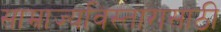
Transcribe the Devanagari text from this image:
साम्राज्यविस्तारासाठी